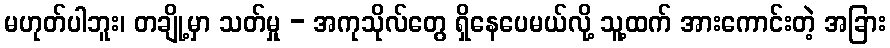
မဟုတ်ပါဘူး၊ တချို့မှာ သတ်မှု - အကုသိုလ်တွေ ရှိနေပေမယ်လို့ သူ့ထက် အားကောင်းတဲ့ အခြား